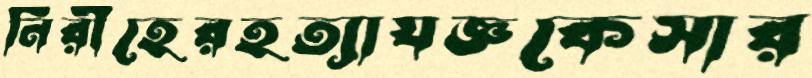
নিরীহেরহত্যাযজ্ঞকেসার